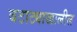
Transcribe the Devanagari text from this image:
बटाट्याखालील